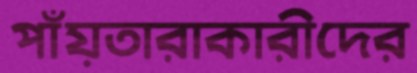
পাঁয়তারাকারীদের